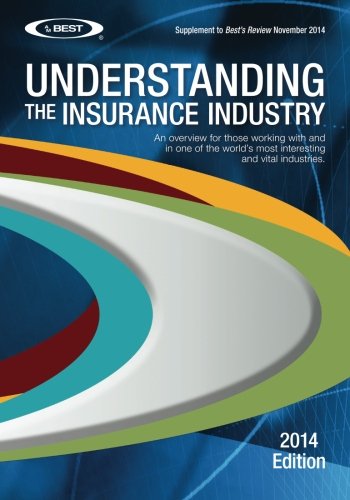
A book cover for Understanding the Insurance Industry: An overview for those working with and in one of the world's most interesting and vital industries.; A.M. Best Company; Business & Money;